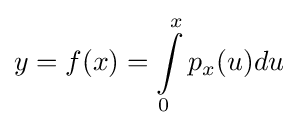
y=f(x)=\int \limits _{0}^{x}p_{x}(u)du